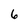
Character: 6